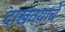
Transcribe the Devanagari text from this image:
दाखवयाचे